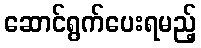
ဆောင်ရွက်ပေးရမည့်